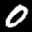
Label: 0